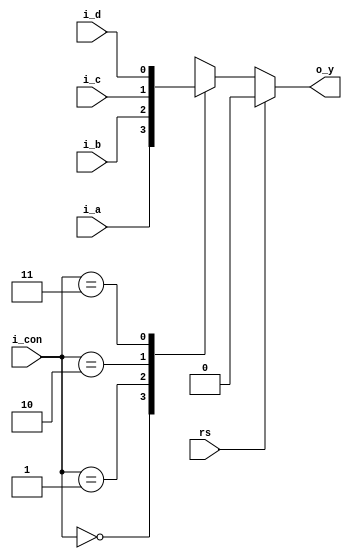
`timescale 1ns / 1ps
//////////////////////////////////////////////////////////////////////////////////
// Company: 
// Engineer: 
// 
// Design Name: 
// Module Name:    problema1 
// Project Name: 
// Target Devices: 
// Tool versions: 
// Description: 
//
// Dependencies: 
//
// Revision: 
// Revision 0.01 - File Created
// Additional Comments: 
//
//////////////////////////////////////////////////////////////////////////////////
module problema1(
	input wire i_a,
	input wire i_b,
	input wire i_c,
	input wire i_d,
	input wire [0:1]i_con,
	input wire rs, //problema 2
	output reg o_y
    );

	always @(i_con, rs)
	begin
	
	if(rs == 0) // problema 2
	begin
	case(i_con)
	'b00: o_y = i_a;
	'b01: o_y = i_b;
	'b10: o_y = i_c;
	'b11: o_y = i_d;
	endcase
	end
	else o_y = 0;
	end

endmodule